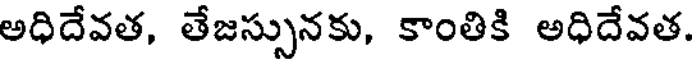
అధిదేవత, తేజస్సునకు, కాంతికి అధిదేవత.